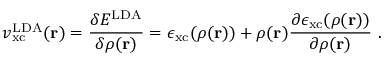
v _ { \mathrm { { x c } } } ^ { \mathrm { L D A } } ( \mathbf { r } ) = { \frac { \delta E ^ { \mathrm { L D A } } } { \delta \rho ( \mathbf { r } ) } } = \epsilon _ { \mathrm { { x c } } } ( \rho ( \mathbf { r } ) ) + \rho ( \mathbf { r } ) { \frac { \partial \epsilon _ { \mathrm { { x c } } } ( \rho ( \mathbf { r } ) ) } { \partial \rho ( \mathbf { r } ) } } \ .